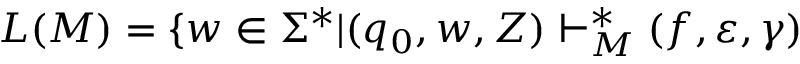
L ( M ) = \{ w \in \Sigma ^ { * } | ( q _ { 0 } , w , Z ) \vdash _ { M } ^ { * } ( f , \varepsilon , \gamma )